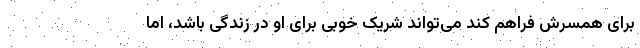
برای همسرش فراهم کند می‌تواند شریک خوبی برای او در زندگی باشد، اما